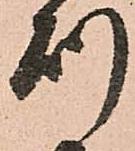
則